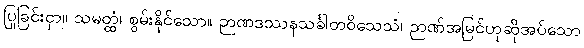
ပြုခြင်းငှာ။ သမတ္ထံ၊ စွမ်းနိုင်သော။ ဉာဏဒဿနသင်္ခါတဝိသေသံ၊ ဉာဏ်အမြင်ဟုဆိုအပ်သော